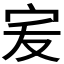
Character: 𭓧